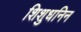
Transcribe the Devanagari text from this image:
शिशुधनिन